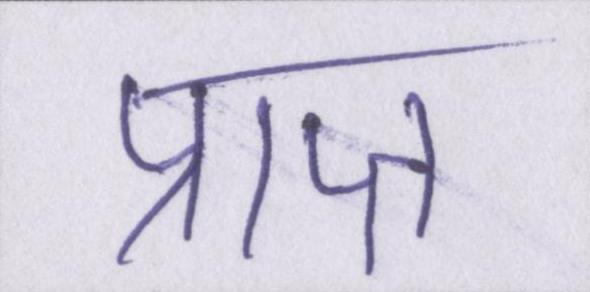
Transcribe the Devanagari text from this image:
प्राप्त